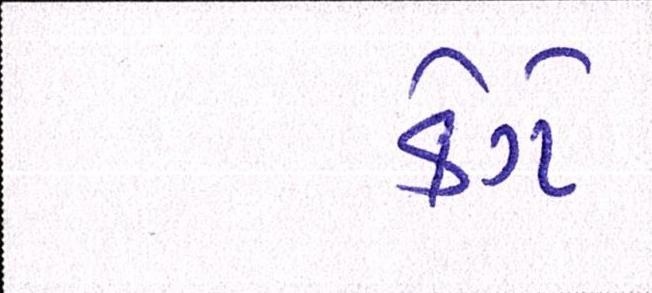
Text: કેગે